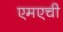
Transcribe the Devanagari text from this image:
एमएची